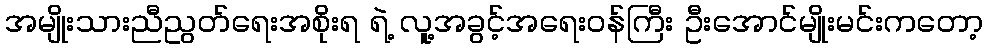
အမျိုးသားညီညွတ်ရေးအစိုးရ ရဲ့ လူ့အခွင့်အရေးဝန်ကြီး ဦးအောင်မျိုးမင်းကတော့